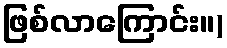
ဖြစ်လာကြောင်း။)